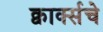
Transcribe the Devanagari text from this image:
क्वार्क्सचे